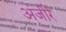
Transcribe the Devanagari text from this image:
अंजीरे